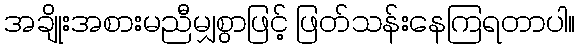
အချိုးအစားမညီမျှစွာဖြင့် ဖြတ်သန်းနေကြရတာပါ။